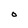
Character: O